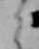
り